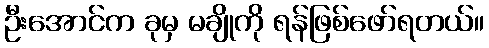
ဦးအောင်က ခုမှ မချိုကို ရန်ဖြစ်ဖော်ရတယ်။